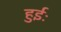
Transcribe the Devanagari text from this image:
हुईः